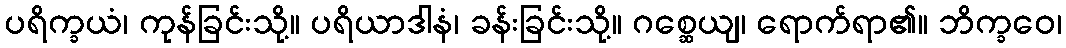
ပရိက္ခယံ၊ ကုန်ခြင်းသို့။ ပရိယာဒါနံ၊ ခန်းခြင်းသို့။ ဂစ္ဆေယျ၊ ရောက်ရာ၏။ ဘိက္ခဝေ၊